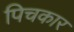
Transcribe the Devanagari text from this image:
पिचकार